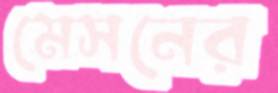
মেসনের